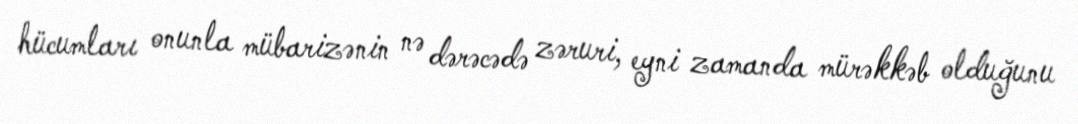
hücumları onunla mübarizənin nə dərəcədə zəruri, eyni zamanda mürəkkəb olduğunu